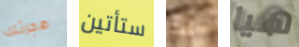
هجرتك ستأتين هذا هيا